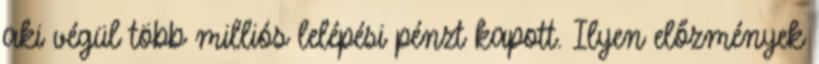
aki végül több milliós lelépési pénzt kapott. Ilyen előzmények